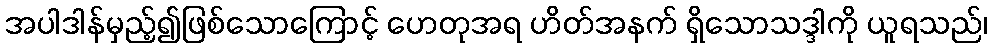
အပါဒါန်မှည့်၍ဖြစ်သောကြောင့် ဟေတုအရ ဟိတ်အနက် ရှိသောသဒ္ဒါကို ယူရသည်၊